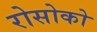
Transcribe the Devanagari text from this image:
रोसोको